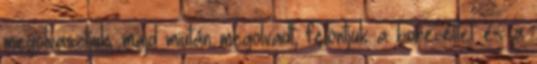
megolvasztjuk, majd miután megolvadt, felöntjük a borecettel és a